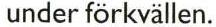
under förkvällen.